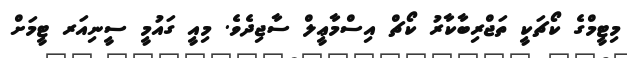
މިޓީމްގެ ކޯޗަކީ ތަޖްރިބާކާރު ކޯޗް އިސްމާޢީލް ސާޖިދެވެ. މިއީ ގައުމީ ސީނިއަރ ޓީމަށް